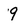
Character: 9